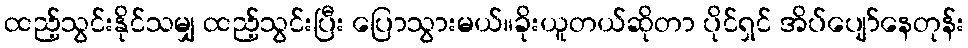
ထည့်သွင်းနိုင်သမျှ ထည့်သွင်းပြီး ပြောသွားမယ်။ခိုးယူတယ်ဆိုတာ ပိုင်ရှင် အိပ်ပျော်နေတုန်း